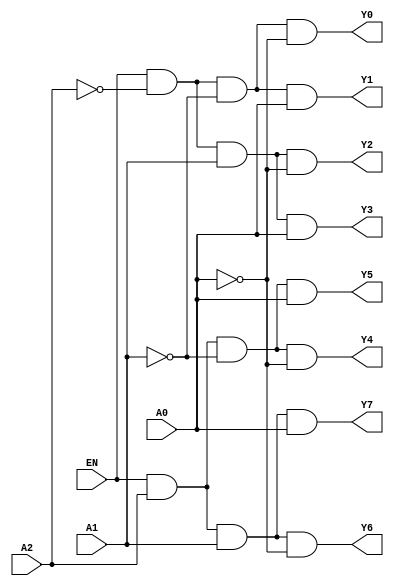
module decoder3to8 (
    input A0,
    input A1,
    input A2,
    input EN,
    output Y0,
    output Y1,
    output Y2,
    output Y3,
    output Y4,
    output Y5,
    output Y6,
    output Y7
);
    wire nA0, nA1, nA2;

    not (nA0, A0);
    not (nA1, A1);
    not (nA2, A2);

    and (Y0, EN, nA2, nA1, nA0);
    and (Y1, EN, nA2, nA1, A0);
    and (Y2, EN, nA2, A1, nA0);
    and (Y3, EN, nA2, A1, A0);
    and (Y4, EN, A2, nA1, nA0);
    and (Y5, EN, A2, nA1, A0);
    and (Y6, EN, A2, A1, nA0);
    and (Y7, EN, A2, A1, A0);
endmodule